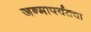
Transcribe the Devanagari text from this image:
जन्मापर्यंतचा